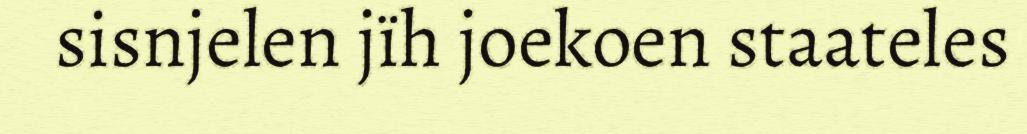
sisnjelen jïh joekoen staateles